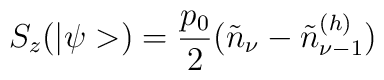
S_z(|\psi>)=\frac{p_0}{2}(\tilde{n}_{\nu}-\tilde{n}_{\nu-1}^{(h)})